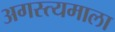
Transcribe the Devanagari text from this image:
अगस्त्यमाला